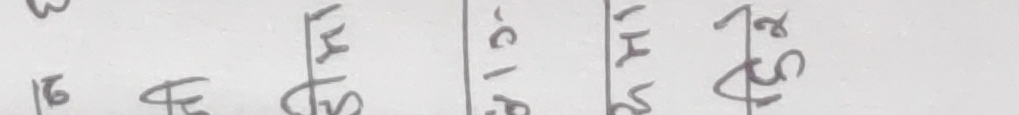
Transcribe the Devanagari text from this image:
३ मि रोज घोस मंग २ स
१६ फेब दिराज मस